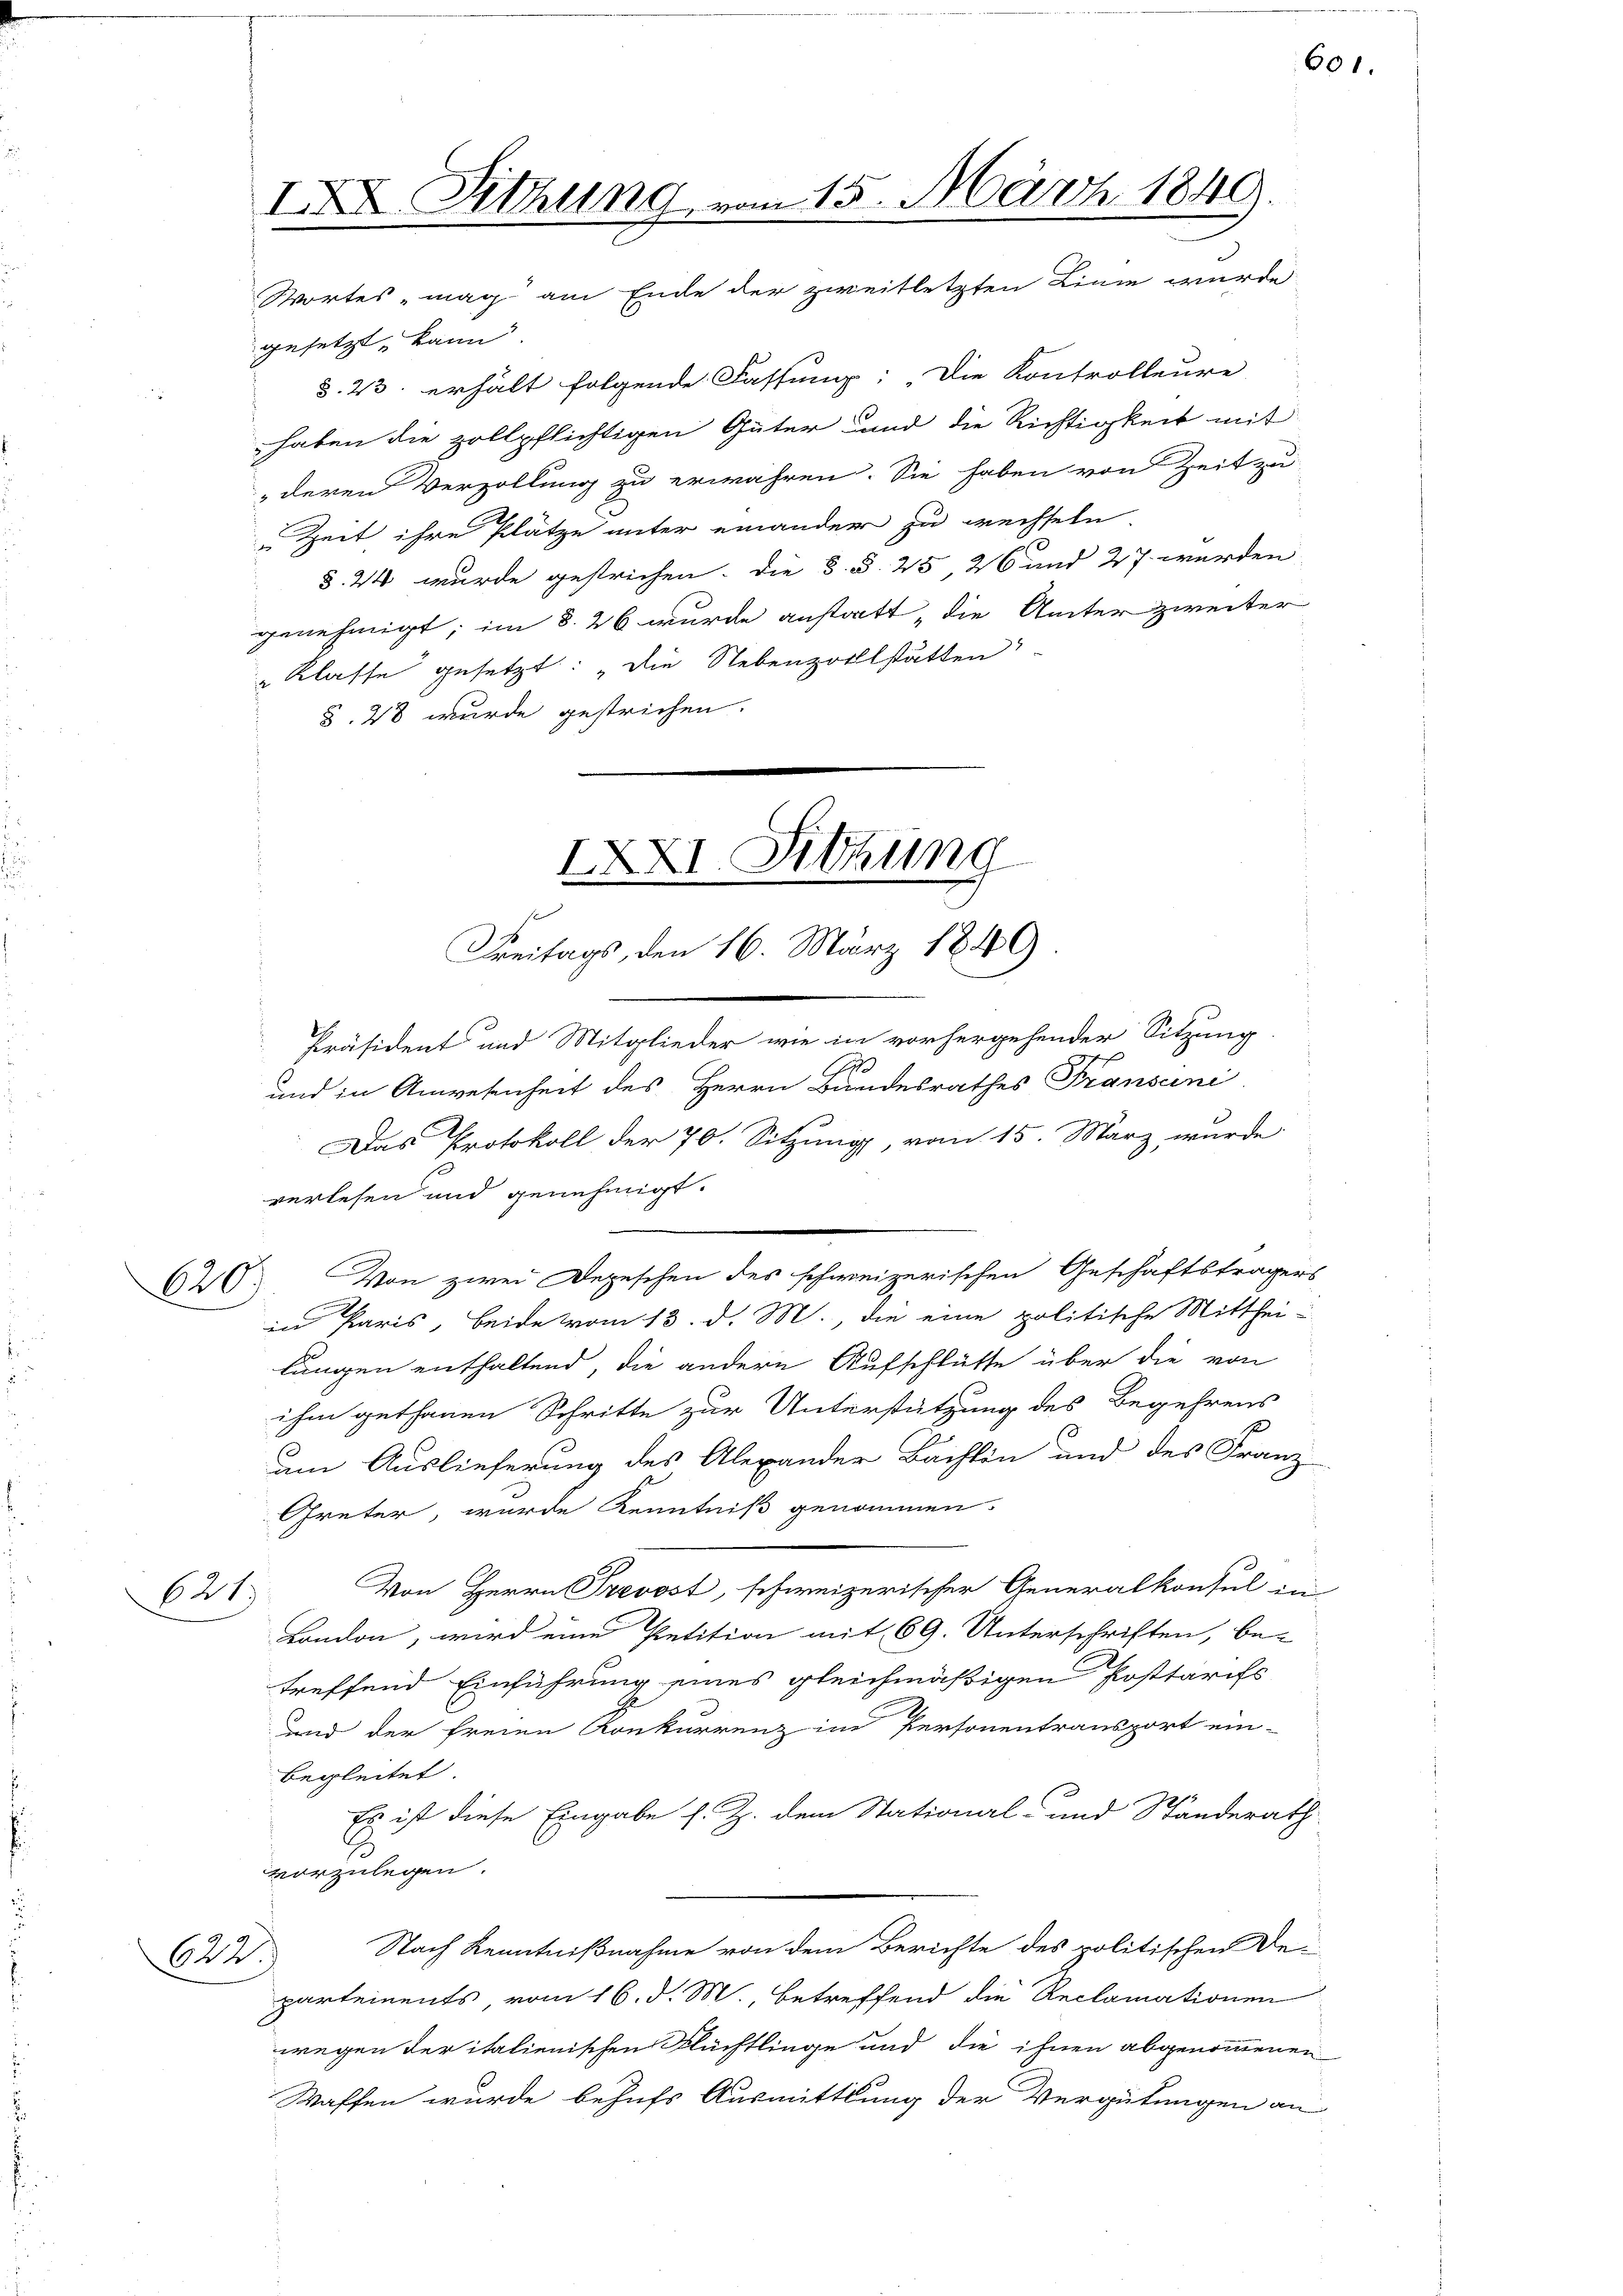
620

gesetzt, kann.
§. 23. erhält folgende Fassung: Die Kontrolleure
haben die zollpflichtigen Güter Land die Richtigkeit mit
deren Verzollung zu erwahren. Sie haben von Zeit zu
Zeit ihre Plätze unter einander zu wechseln
§. 24 wurde gestrichen. Die §. §. 25, 26 und 27 werden,
genehmigt; im §. 26 wurde anstatt „die Unter zweiter
" Klasse gesetzt: „Die Nebenzollstätten
§. 28 wurde gestrichen.

Präsident und Mitglieder wie in vorhergehender Sitzung
A
und in Anwesenheit des Herrn Bundesrathes Franseni
Das Protokoll der 70. Sitzung, vom 15. März wurde
verlesen und genehmigt.
.
Von zwei Depeschen des schweizerischen Geschäftsträgers
in Paris, beide vom 13. d. M., die eine politische Mittheilungen enthaltend, die andere Aufschlüsse über die von
ihm gethanen Schritte zur Unterstützung des Begehrens
um Auslieferung des Alexander Bachten und des Franz
Greter, wurde Kenntniß genommen.
Von Herrn Prevost, schweizerischer Generalkonsul in
but
Bondon, wird eine Petition mit 69. Unterschriften, be-
treffend Einführung eines gleichmäßigen Posttarifs
und der freien Konkurrenz im Personentransport ein-
begleitet
Es ist diese Eingabe s. Z. dem Stational- und Standerath
.
vorzulegen.
Nach Kenntnißnahme von dem Berichte des politischen De-
622
partements vom 16. d. M., betreffend die Reclamationen
wegen der italienischen Flüchtlinge und die ihnen abgenommenen
Waffen wurde behufs Ausmittlung der Vergütungen an

I Sitzung vom 15. März 1849.
Wortes mag am Ende der zweitletzten Linie wurde

XXI. Sitzung
Freitags, den 16. März 1849

601.